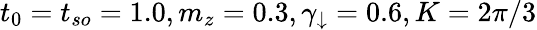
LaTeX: t_{0}=t_{so}=1.0,m_{z}=0.3,\gamma_{\downarrow}=0.6,K=2\pi/3